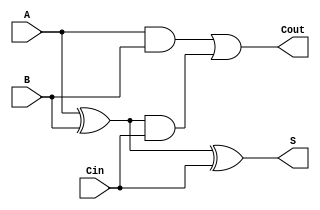
`timescale 1ns / 1ps
//////////////////////////////////////////////////////////////////////////////////
// Company: 
// Engineer: 
// 
// Design Name: 
// Module Name:    full_adder 
// Project Name: 
// Target Devices: 
// Tool versions: 
// Description: 
//
// Dependencies: 
//
// Revision: 
// Revision 0.01 - File Created
// Additional Comments: 
//
//////////////////////////////////////////////////////////////////////////////////
module full_adder(
	input Cin,
	input A,
	input B,
	output S,
	output Cout
    );
	
	// First adding A and B
	wire ABsum;
	xor #(10)
		sumation(ABsum, A, B),
		sum_result(S, ABsum, Cin);
	
	// Then we calculate the carry out states
	wire ABand, Cresult;
	and #(5)
		ab (ABand, A, B),
		cinresult (Cresult, ABsum, Cin);
	
	// Giving carry out result
	or #(5) coutresult (Cout, ABand, Cresult);

endmodule